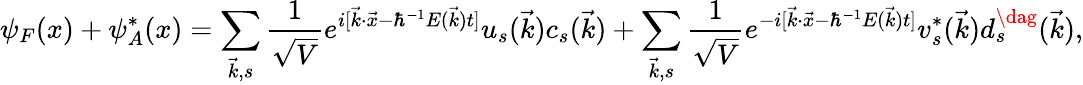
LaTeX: \psi_{F}(x)+\psi_{A}^{*}(x)=\sum_{\vec{k},s}\frac{1}{\sqrt{V}}e^{i[\vec{k}\cdot\vec{x}-\hbar^{-1}E(\vec{k})t]}u_{s}{(\vec{k})}c_{s}(\vec{k})+\sum_{\vec{k},s}\frac{1}{\sqrt{V}}e^{-i[\vec{k}\cdot\vec{x}-\hbar^{-1}E(\vec{k})t]}v_{s}^{*}{(\vec{k})}d_{s}^{\dag}(\vec{k}),